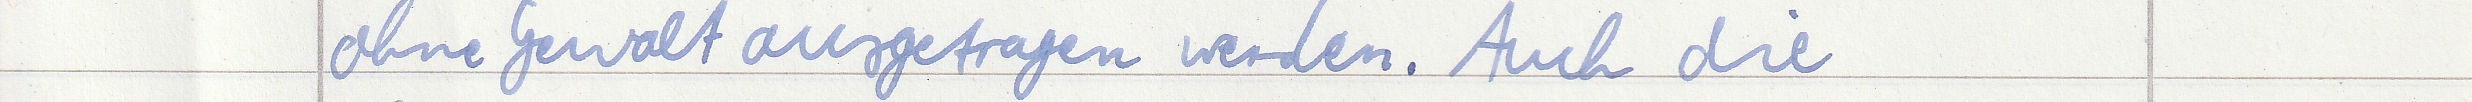
ohne Gewalt ausgetragen werden. Auch die